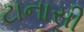
ટાનાસી